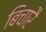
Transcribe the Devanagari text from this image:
बिचारै